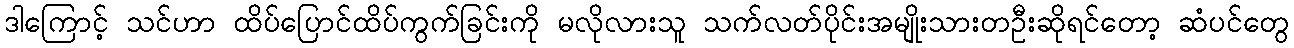
ဒါကြောင့် သင်ဟာ ထိပ်ပြောင်ထိပ်ကွက်ခြင်းကို မလိုလားသူ သက်လတ်ပိုင်းအမျိုးသားတဦးဆိုရင်တော့ ဆံပင်တွေ